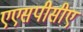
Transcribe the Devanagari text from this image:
एएसपीसीए